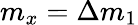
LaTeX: m_{x}=\Delta m_{1}